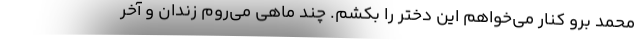
محمد برو کنار می‌خواهم این دختر را بکشم. چند ماهی می‌روم زندان و آخر